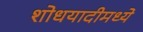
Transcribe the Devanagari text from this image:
शोधयादीमध्ये